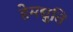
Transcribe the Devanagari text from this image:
हेमद्युति